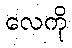
လေကို